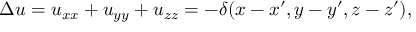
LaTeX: \Delta u = u _ { x x } + u _ { y y } + u _ { z z } = - \delta ( x - x ^ { \prime } , y - y ^ { \prime } , z - z ^ { \prime } ) ,